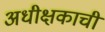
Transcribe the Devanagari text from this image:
अधीक्षकाची